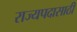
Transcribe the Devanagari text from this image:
राज्यपदासाठी